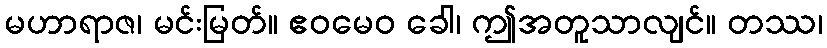
မဟာရာဇ၊ မင်းမြတ်။ ဧဝမေဝ ခေါ၊ ဤအတူသာလျင်။ တဿ၊